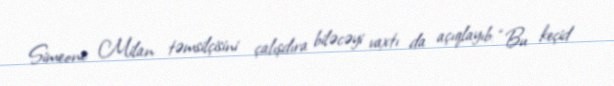
Simeone Milan təmsilçisini çalışdıra biləcəyi vaxtı da açıqlayıb: “Bu keçid